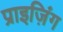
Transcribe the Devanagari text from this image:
प्राइज़िंग